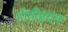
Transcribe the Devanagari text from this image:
होतीहृदय